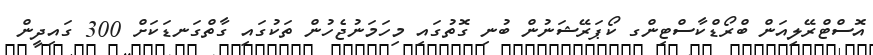
އޮސްޓްރޭލިއަން ބްރޯޑްކާސްޓިންގ ކޯޕަރޭޝަނުން ބުނި ގޮތުގައި މިހަމަނުޖެހުން ތަކުގައި ގާތްގަނޑަކަށް 300 ގައިދީން